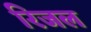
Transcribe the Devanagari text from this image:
रिजल